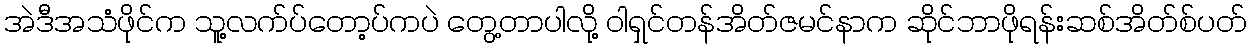
အဲဒီအသံဖိုင်က သူ့လက်ပ်တော့ပ်ကပဲ တွေ့တာပါလို့ ဝါရှင်တန်အိတ်ဇမင်နာက ဆိုင်ဘာဖိုရန်းဆစ်အိတ်စ်ပတ်